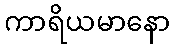
ကာရိယမာနော